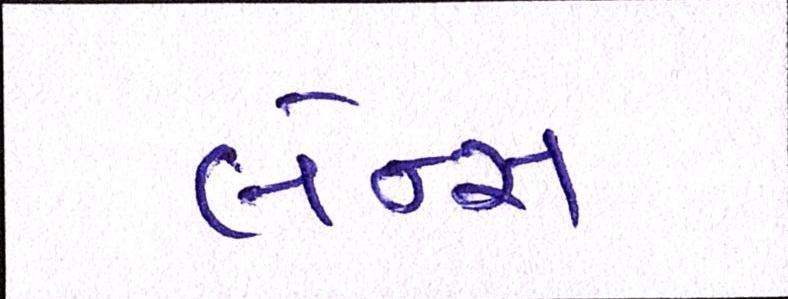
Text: લેન્સ